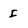
Character: I